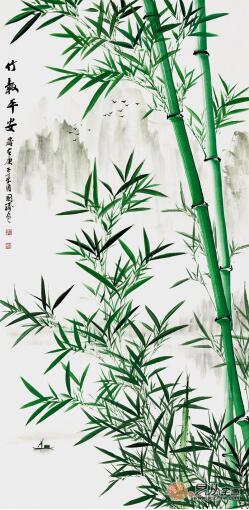
竹树无声或有声，霏霏漠漠散还凝。